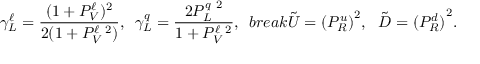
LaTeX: \ \gamma _ { L } ^ { \ell } = \frac { ( 1 + P _ { V } ^ { \ell } ) ^ { 2 } } { 2 ( 1 + P _ { V } ^ { \ell \ 2 } ) } , \, \ \gamma _ { L } ^ { q } = \frac { 2 P _ { L } ^ { q \ 2 } } { 1 + P _ { V } ^ { \ell \ 2 } } , \ \, b r e a k \tilde { U } = { ( P _ { R } ^ { u } ) } ^ { 2 } , \ \ \tilde { D } = { ( P _ { R } ^ { d } ) } ^ { 2 } .